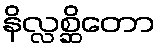
နိလ္လစ္ဆိတော